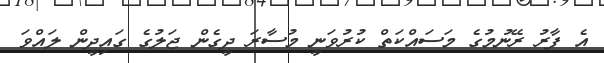
އެ ފާރު ރޭނުމުގެ މަސައްކަތް ކުރުވަނީ މުސާރަ ދީގެން ޖަލުގެ ގައިދީން ލައްވަ